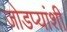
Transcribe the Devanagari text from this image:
जोडप्यांशी